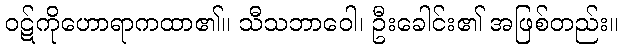
ဝဋ်ကိုဟောရာကထာ၏။ သီသဘာဝေါ၊ ဦးခေါင်း၏ အဖြစ်တည်း။